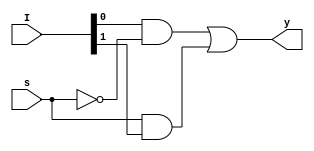
module mux_2x1_stu(y,I,s);
output y;
input [1:0]I;
input s;
wire w1,w2,w3;
    
    not G1(w1,s);
    and G2(w2,I[0],w1);
    and G3(w3,s,I[1]);
    or G4(y,w2,w3);

endmodule